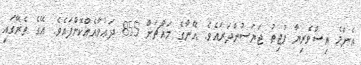
އެންމެ އިސްވެރިޔާ ޕުޖިތު ޖަޔަސުންދަރައެވެ. އޭނާގެ މައްޗަށް 855 ދަޢުވާއެއްކޮށްފައެވެ. އޭގެ ތެރޭގައި